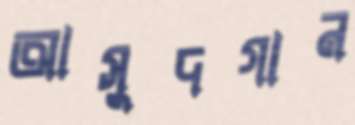
আসুদগান